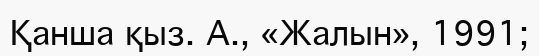
Қанша қыз. А., «Жалын», 1991;